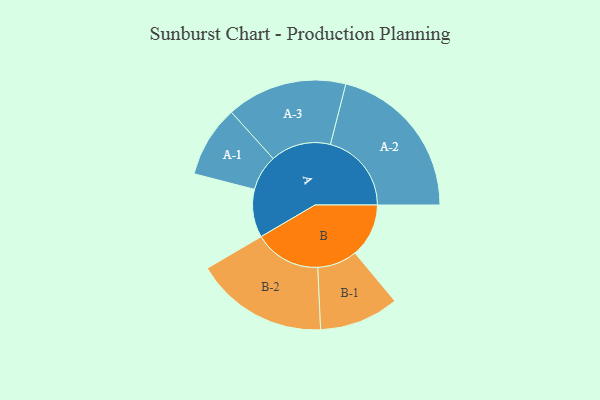
{"axis": {"x": "Segment", "y": "Value"}, "legend": ["", "A", "B"], "data": [{"x": "A", "y": 169, "type": ""}, {"x": "B", "y": 189, "type": ""}, {"x": "A-1", "y": 126, "type": "A"}, {"x": "A-2", "y": 285, "type": "A"}, {"x": "A-3", "y": 212, "type": "A"}, {"x": "B-1", "y": 140, "type": "B"}, {"x": "B-2", "y": 234, "type": "B"}]}